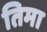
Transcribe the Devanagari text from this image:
तिमा